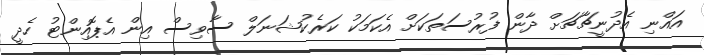
އައްނި އެދުނީޗާޗަށް ދާން ފުރުސަތަކަށް އެކަމަކު ކަރެކުޝަނަލް ސާވިސް އިން އެޕޮއިންޓު ހެދީ